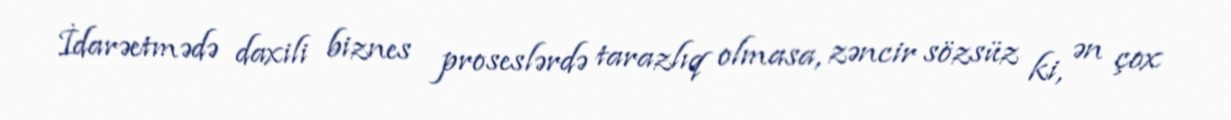
İdarəetmədə daxili biznes proseslərdə tarazlıq olmasa, zəncir sözsüz ki, ən çox